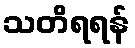
သတိရရန်